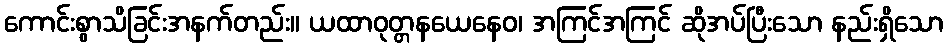
ကောင်းစွာသိခြင်းအနက်တည်း။ ယထာဝုတ္တနယေနေဝ၊ အကြင်အကြင် ဆိုအပ်ပြီးသော နည်းရှိသော